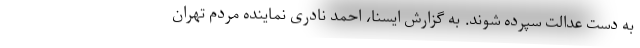
به دست عدالت سپرده شوند. به گزارش ایسنا، احمد نادری نماینده مردم تهران